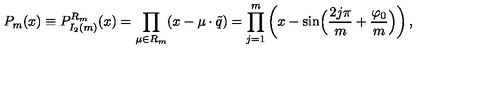
P _ { m } ( x ) \equiv P _ { I _ { 2 } ( m ) } ^ { R _ { m } } ( x ) = \prod _ { \mu \in { R _ { m } } } ( x - \mu \cdot \tilde { q } ) = \prod _ { j = 1 } ^ { m } \left( x - \sin \Bigl ( { \frac { 2 j \pi } { m } } + { \frac { \varphi _ { 0 } } { m } } \Bigr ) \right) ,